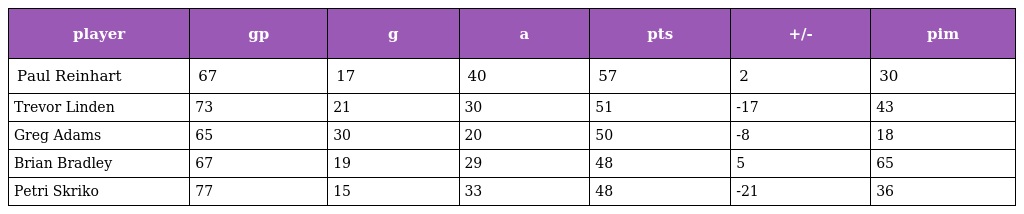
| player | gp | g | a | pts | +/- | pim |
 | --- | --- | --- | --- | --- | --- | --- |
 | Paul Reinhart | 67 | 17 | 40 | 57 | 2 | 30 |
 | Trevor Linden | 73 | 21 | 30 | 51 | -17 | 43 |
 | Greg Adams | 65 | 30 | 20 | 50 | -8 | 18 |
 | Brian Bradley | 67 | 19 | 29 | 48 | 5 | 65 |
 | Petri Skriko | 77 | 15 | 33 | 48 | -21 | 36 |